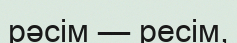
рәсім — ресім,